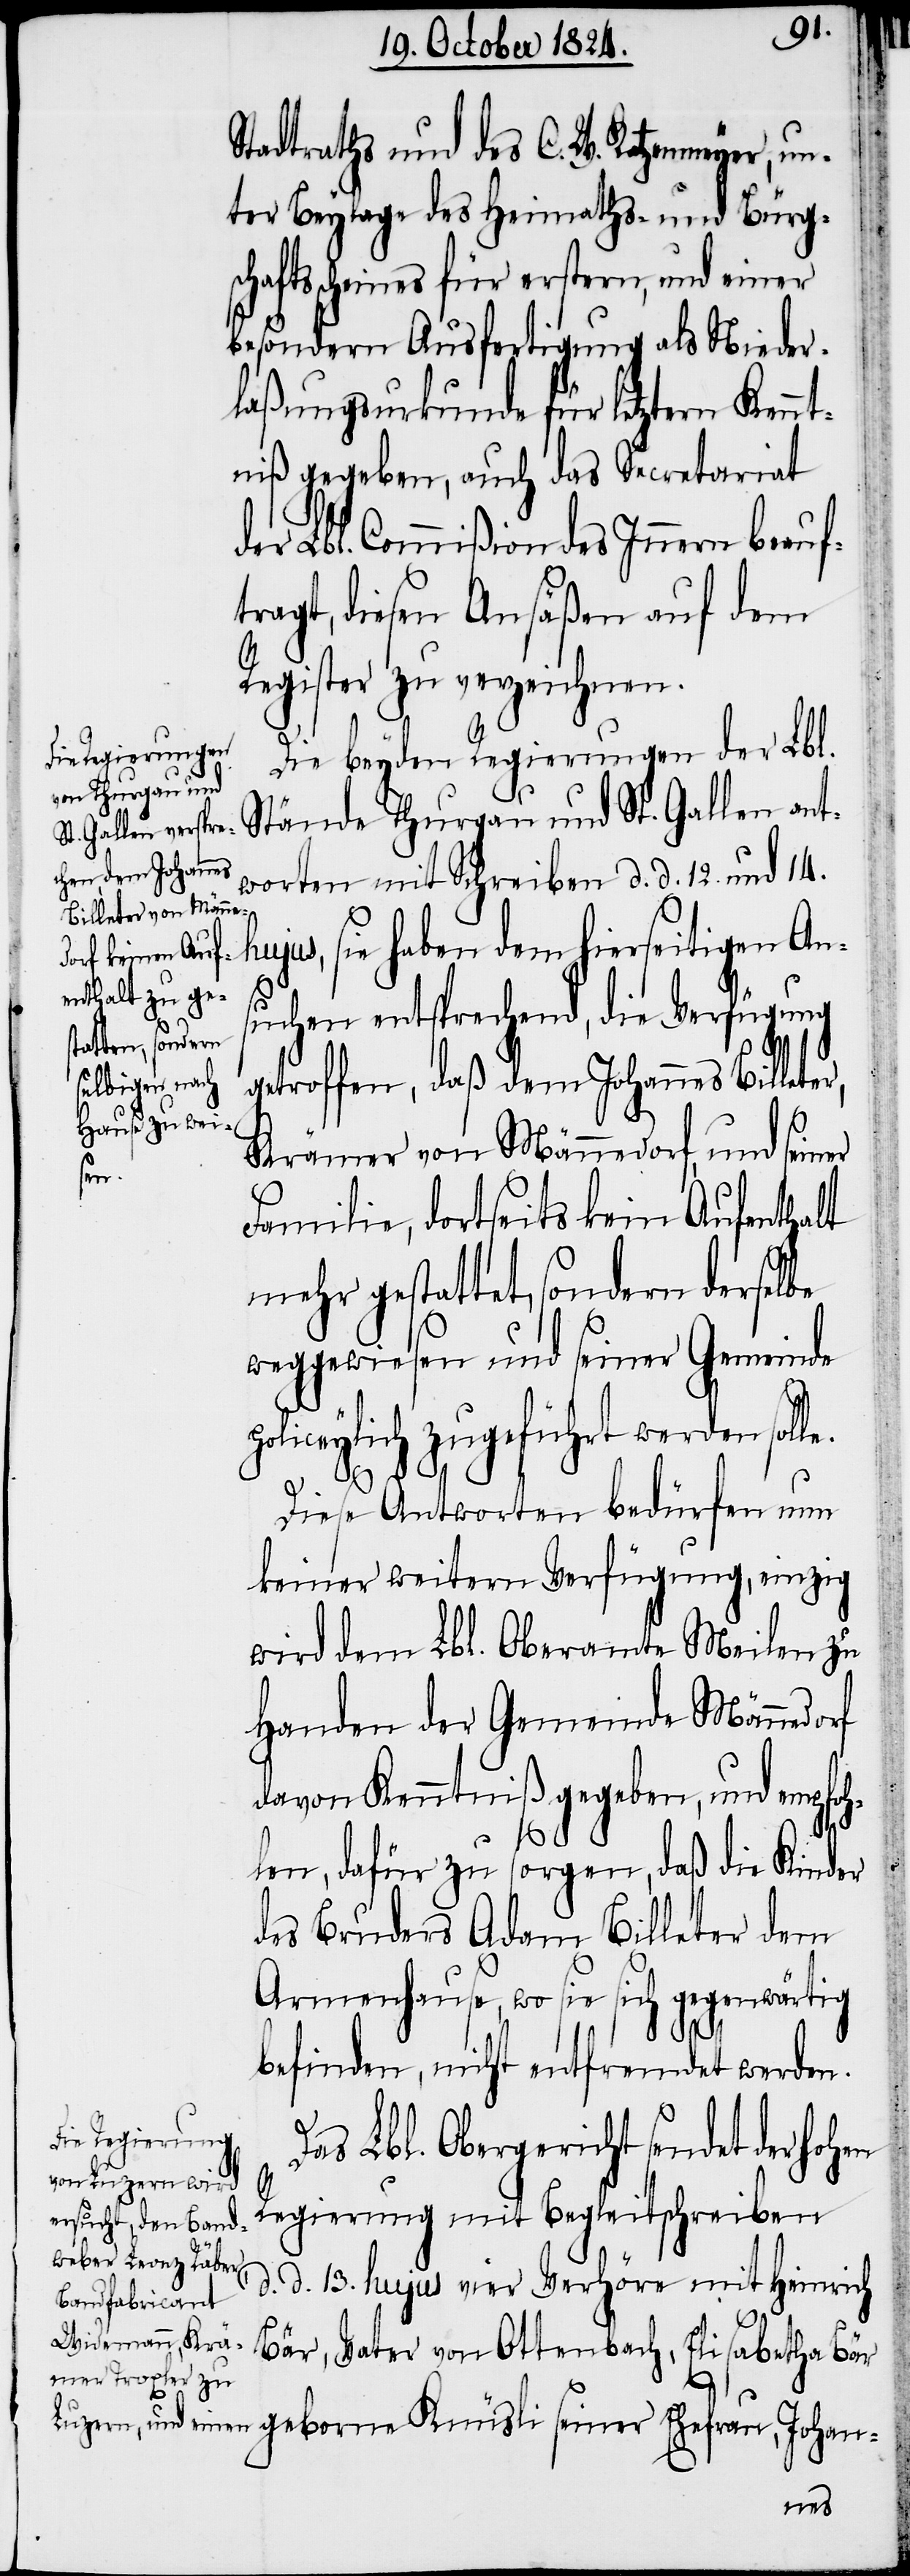
Stadtraths und des C. W. Katzenmeyer, un¬
ter Beylage des Heimaths- und Bürgs¬
chaftsscheines für erstern, und einer
besondern Ausfertigung als Nieder¬
laßungsurkunde für letztern Kennt¬
niß gegeben, auch das Secretariat
der Lbl. Commißion des Innern beauf¬
tragt, diesen Ansäßen auf dem
Register zu verzeichnen.
Die beyden Regierungen der Lbl.
Stände Thurgau und St. Gallen ant¬
worten mit Schreiben d. d. 12. und 14.
hujus, sie haben dem hierseitigen An¬
suchen entsprechend, die Verfügung
getroffen, daß dem Johannes Billete¬
Krämer von Männedorf, und seiner
sei¬
Familie, dortseits kein Aufenthalt
mehr gestattet, sondern derselbe
weggewiesen und seiner Gemeinde
policeylich zugeführt werden sol¬
le.
Diese Antworten bedürfen nun
keiner weitern Verfügung, einzig
wird dem Lbl. Oberamte Meilen zu
Handen der Gemeinde Männedorf
davon Kenntniß gegeben, und empfoh¬
r,
len, dafür zu sorgen, daß die Kinder
des Bruders Adam Billeter dem
Armenhause, wo sie sich gegenwärtig
befinden, nicht entfremdet werden.
Das Lbl. Obergericht sendet der ho¬
Regierung mit Begleitschreiben
d. d. 13. hujus vier Verhöre mit Heinrich
Bär, Vater von Ottenbach, Elisabetha Bär
ner